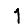
Digit: 1